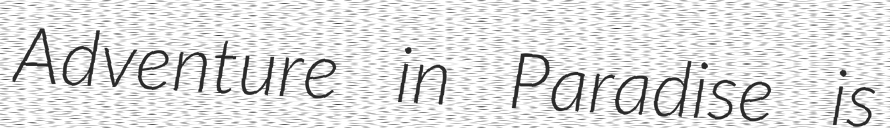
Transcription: Adventure in Paradise is